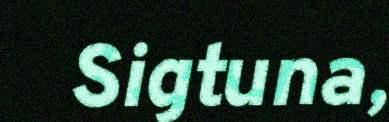
Sigtuna,